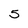
Character: 5